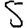
Digit: 5